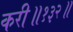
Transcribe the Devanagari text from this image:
करी॥१३२॥